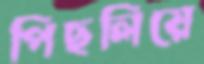
পিছলিয়ে